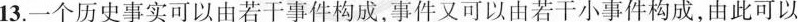
13.一个历史事实可以由若干事件构成，事件又可以由若干小事件构成，由此可以